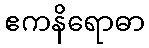
ဧကနိရောဓာ